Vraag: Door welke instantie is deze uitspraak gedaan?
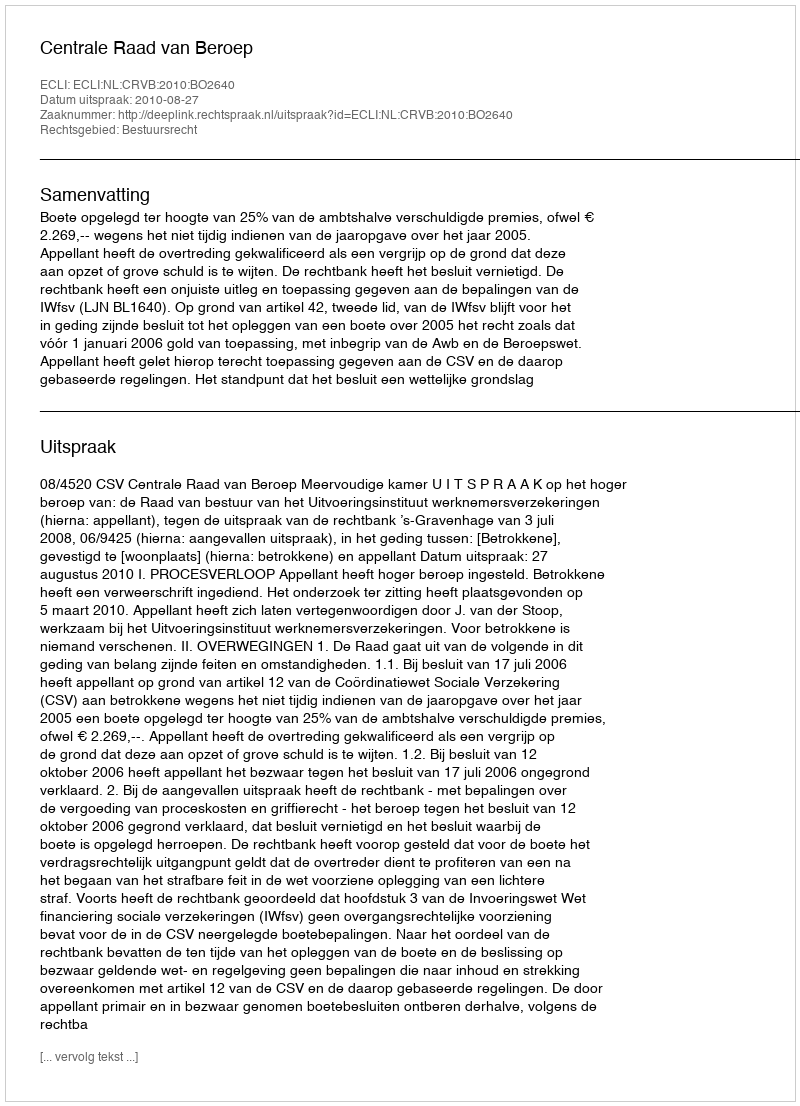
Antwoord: Centrale Raad van Beroep